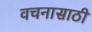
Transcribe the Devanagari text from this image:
वचनासाठी